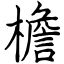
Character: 檐